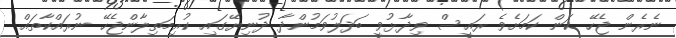
ނެރެން ޖެހޭ ކަން ކަމަށެވެ ރައީސް ވިދާޅުވީ ބަދަލުވަމުންދާ ދުނިޔޭގައި ކުރިމަތިލާންޖެހޭ ނުރައްކާތައް